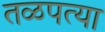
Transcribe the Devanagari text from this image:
तळपत्या